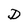
Character: D